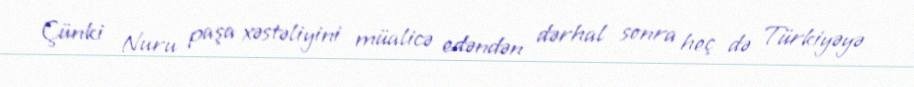
Çünki Nuru paşa xəstəliyini müalicə edəndən dərhal sonra heç də Türkiyəyə